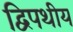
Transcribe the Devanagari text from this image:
द्विपथीय